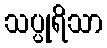
သပ္ပုရိသာ